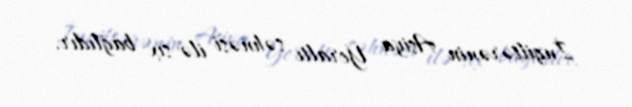
İngiltərənin Asiya Yeraltı səhnəsi ilə sıx bağlıdır.